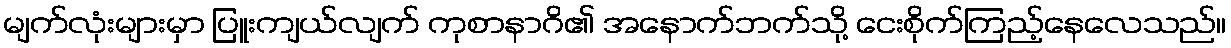
မျက်လုံးများမှာ ပြူးကျယ်လျက် ကုစာနာဂိ၏ အနောက်ဘက်သို့ ငေးစိုက်ကြည့်နေလေသည်။